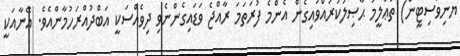
ޔުނިވަސިޓީން) ތަޢުލީމު ޙާޞިލުކުރައްވައިގެން އެންމެ ފުރަތަމަ ރާއްޖެ ވަޑައިގެންނެވި ދިވެއްސަކީ އަބްދުއްރަހުމާންއެވެ. އޭނާއަކީ